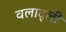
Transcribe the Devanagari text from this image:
वलाद्ली